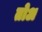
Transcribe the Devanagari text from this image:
तोअ